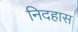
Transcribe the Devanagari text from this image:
निदहास